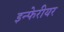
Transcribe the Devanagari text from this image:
इन्फेरीयर